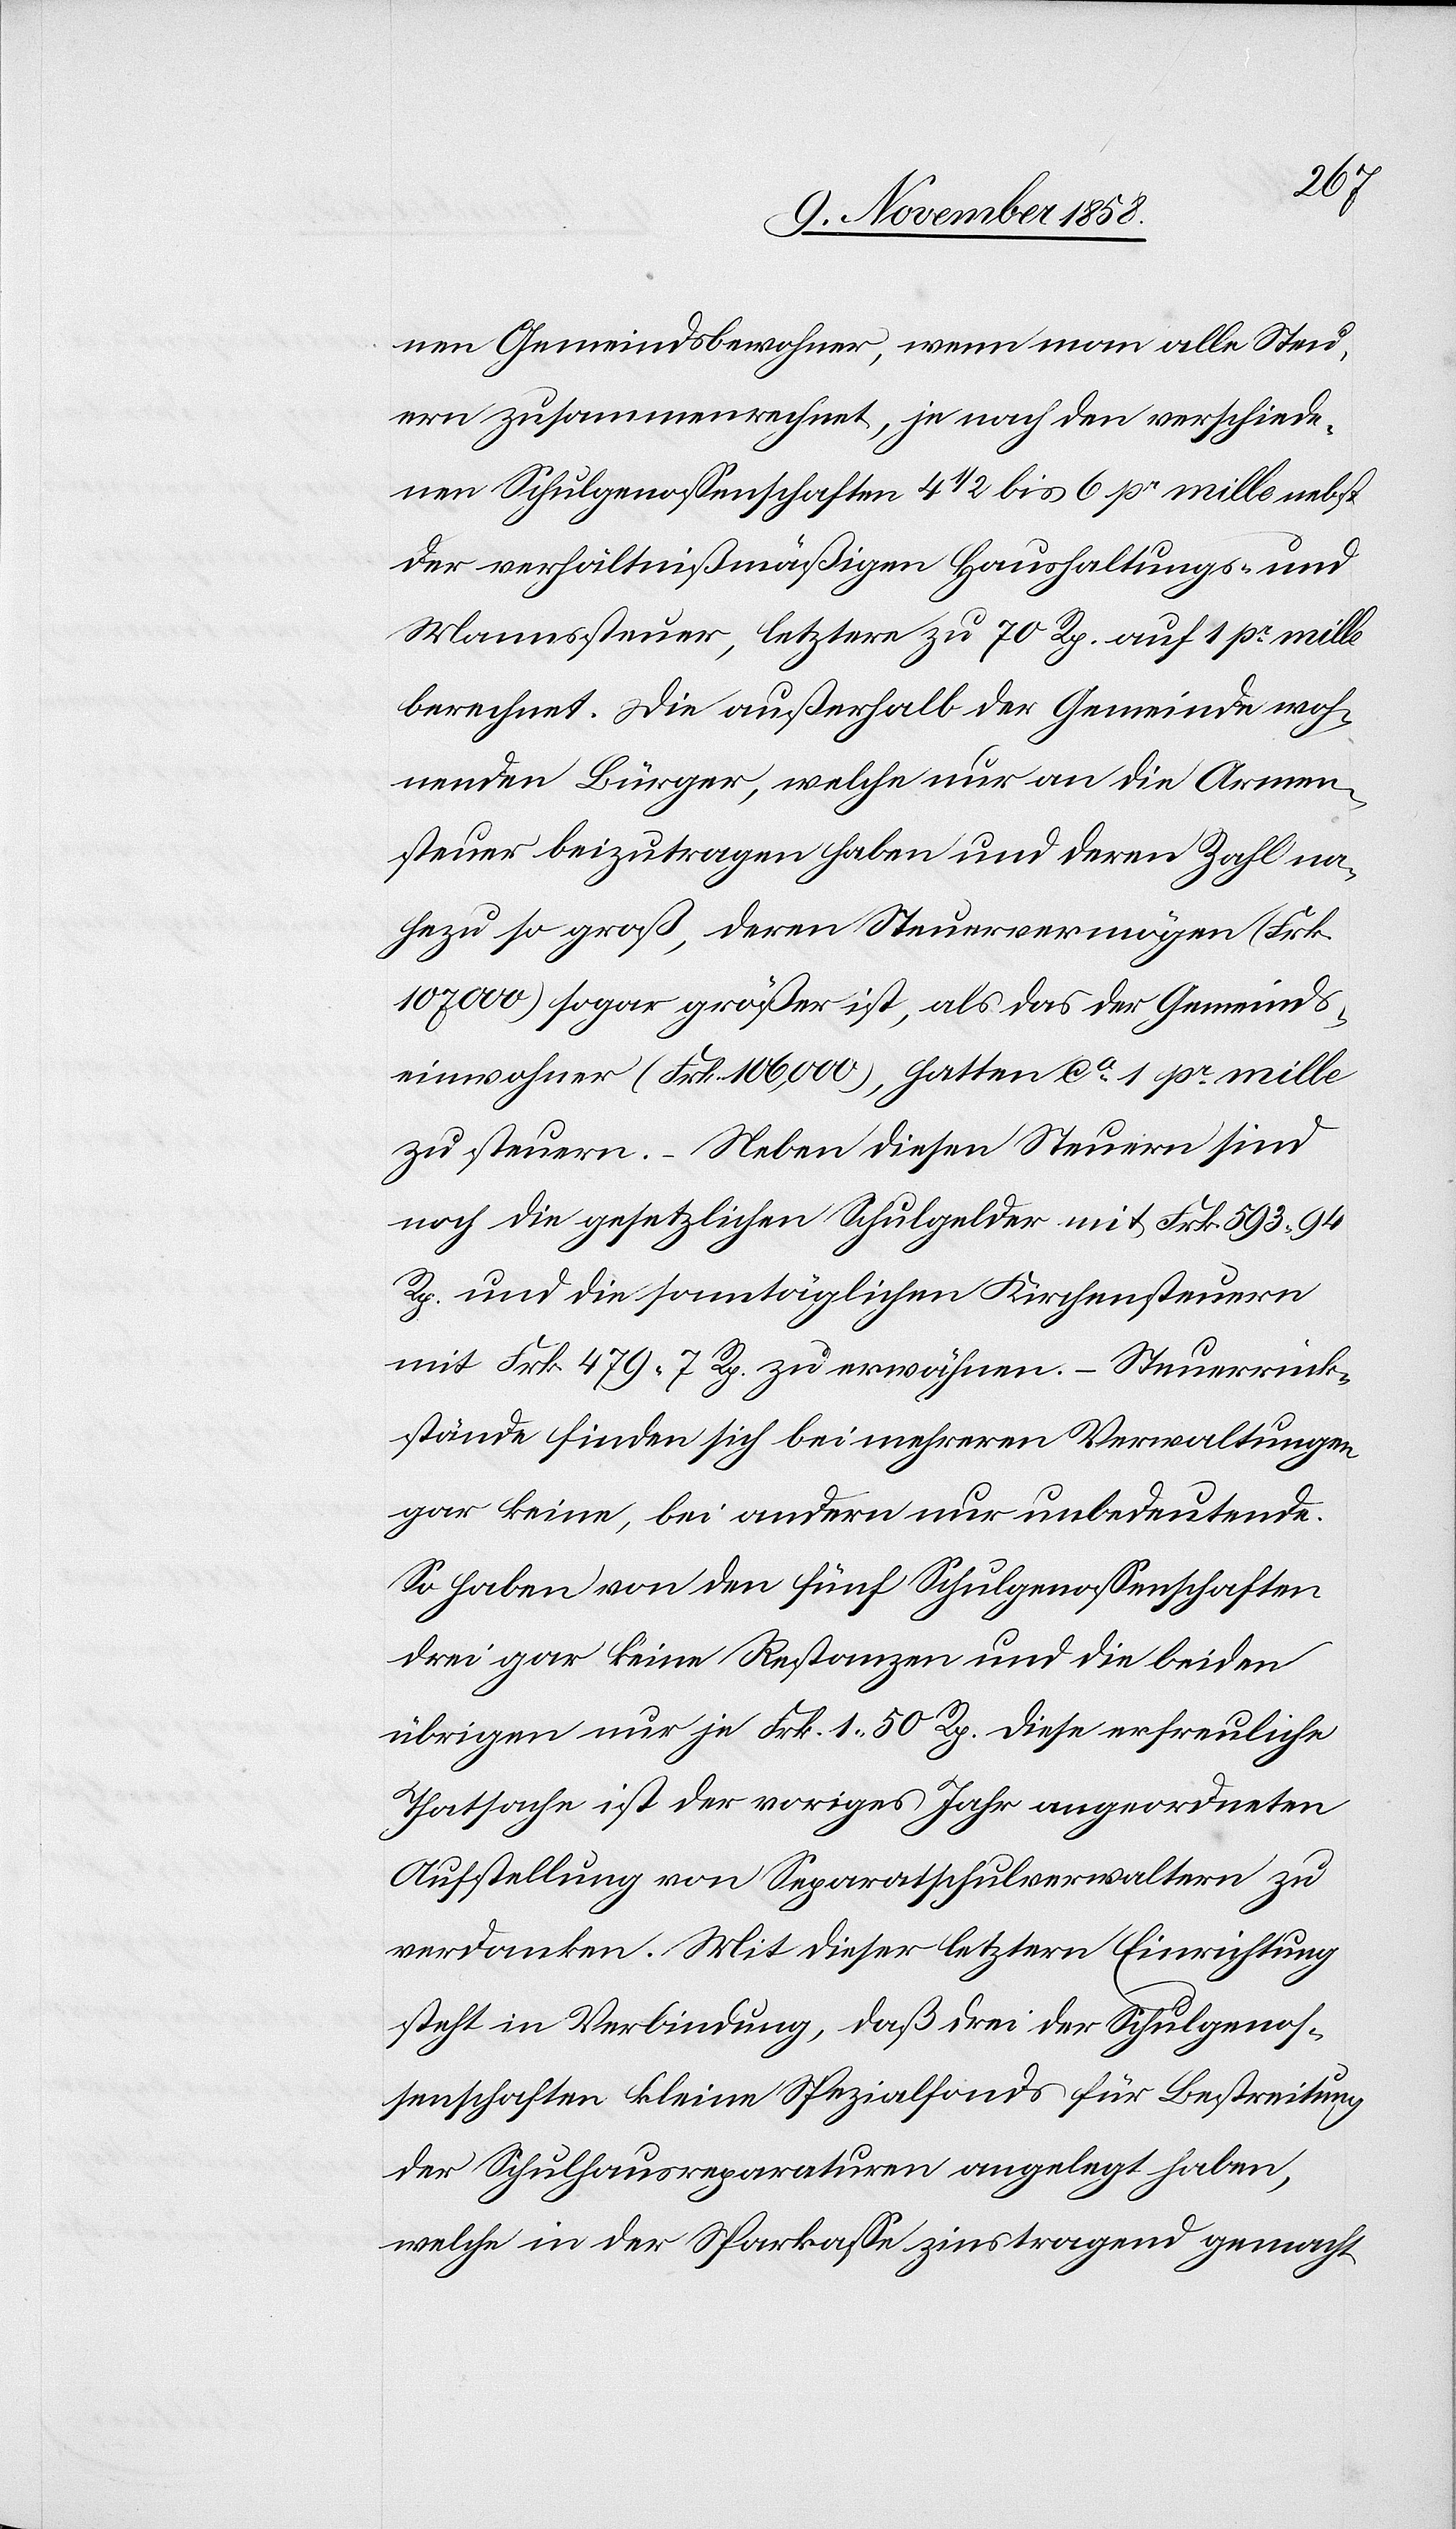
nen Gemeindsbewohner, wenn man alle Steu¬
ern zusammenrechnet, je nach den verschiede¬
nen Schulgenossenschaften 4 1/2 bis 6 pr mille nebst
der verhältnißmäßigen Haushaltungs- und
Mannssteuer, letztere zu 70 Rp. auf 1 pr mille
berechnet. Die außerhalb der Gemeinde woh¬
nenden Bürger, welche nur an die Armen¬
steuer beizutragen haben und deren Zahl na¬
hezu so groß, deren Steuervermögen (Frk.
107 000) sogar größer ist, als das der Gemeinds¬
einwohner (Frk. 106,000), hatten ca 1 pr mille
zu steuern. – Neben diesen Steuern sind
noch die gesetzlichen Schulgelder mit Frk. 593 94
Rp. und die sonntäglichen Kirchensteuern
mit Frk. 479 7 Rp. zu erwähnen. – Steuerrück¬
stände finden sich bei mehreren Verwaltungen
gar keine, bei andern nur unbedeutende.
So haben von den fünf Schulgenossenschaften
drei gar keine Restanzen und die beiden
übrigen nur je Frk. 1 50 Rp. Diese erfreuliche
Thatsache ist der voriges Jahr angeordneten
Aufstellung von Separatschulverwaltern zu
verdanken. Mit dieser letztern Einrichtung
steht in Verbindung, daß drei der Schulgenos¬
senschaften kleine Spezialfonds für Bestreitung
der Schulhausreparaturen angelegt haben,
welche in der Sparkasse zinstragend gemacht